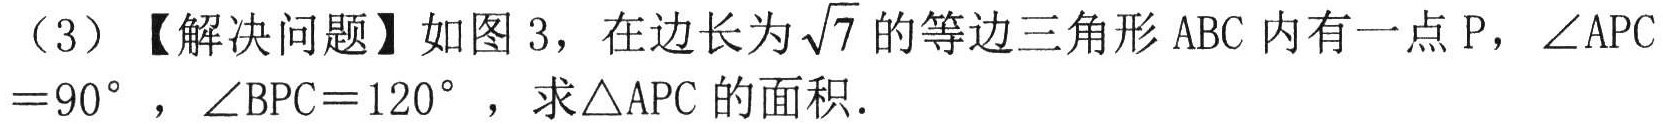
（3）【解决问题】如图3，在边长为\(\sqrt{7}\)的等边三角形\(ABC\)内有一点\(P\)，\(\angle APC = 90^{\circ}\)，\(\angle BPC = 120^{\circ}\)，求\(\triangle APC\)的面积.